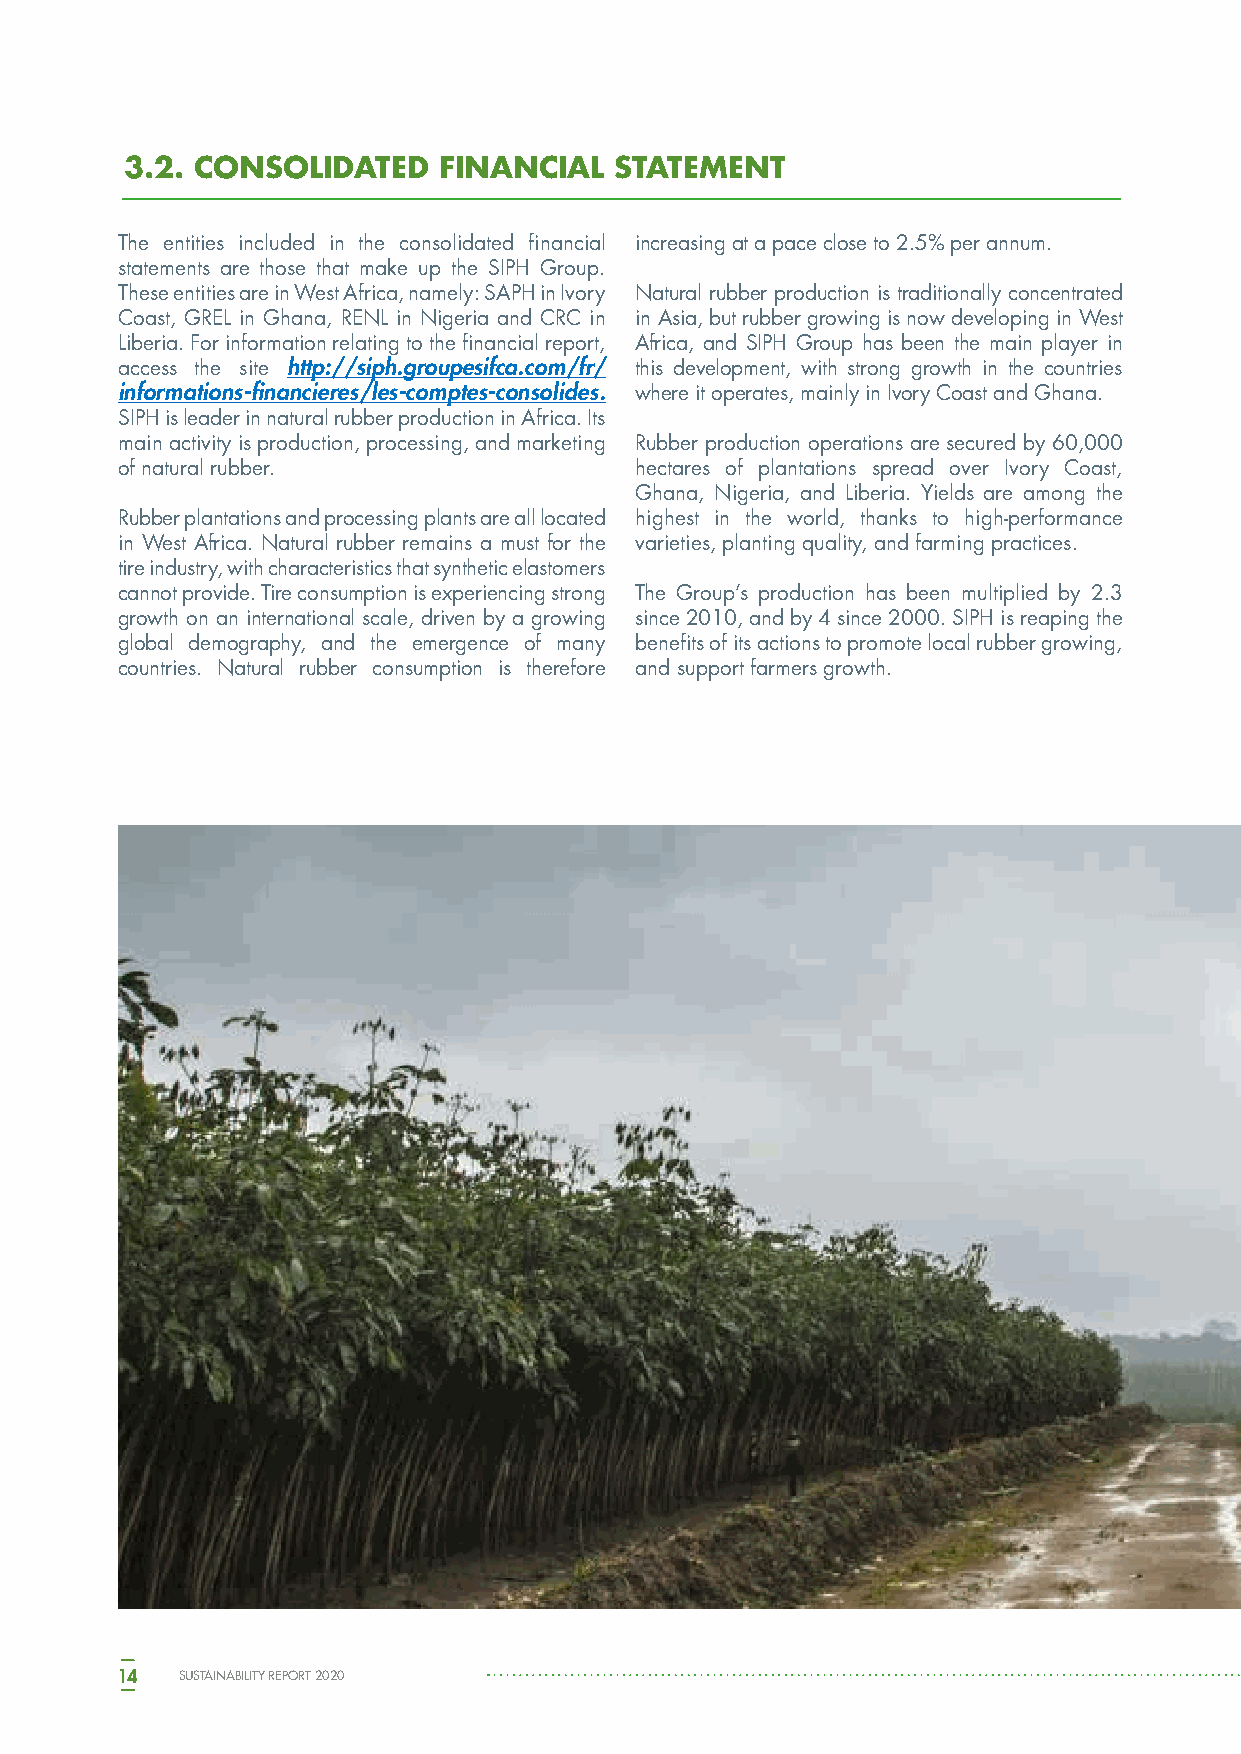
3.2.    3.2. CONSOLIDATED    FINANCIAL   STATEMENT
 The entities included in the consolidated financial increasing at a pace close to 2.5% per annum.
 statements are those that make up the SIPH Group.
 These entities are in West Africa, namely: SAPH in Ivory Natural rubber production is traditionally concentrated
 Coast, GREL in Ghana, RENL in Nigeria and CRC in in Asia, but rubber growing is now developing in West
 Liberia. For information relating to the financial report, Africa, and SIPH Group has been the main player in
 access the site http://siph.groupesifca.com/fr/ this development, with strong growth in the countries
 informations-financieres/les-comptes-consolides. where it operates, mainly in Ivory Coast and Ghana.
 SIPH is leader in natural rubber production in Africa. Its
 main activity is production, processing, and marketing Rubber production operations are secured by 60,000
 of natural rubber.                hectares of plantations spread over Ivory Coast,
 Ghana, Nigeria, and Liberia. Yields are among the
 Rubber plantations and processing plants are all located highest in the world, thanks to high-performance
 in West Africa. Natural rubber remains a must for the varieties, planting quality, and farming practices.
 tire industry, with characteristics that synthetic elastomers
 cannot provide. Tire consumption is experiencing strong The Group’s production has been multiplied by 2.3
 growth on an international scale, driven by a growing since 2010, and by 4 since 2000. SIPH is reaping the
 global demography, and the emergence of many benefits of its actions to promote local rubber growing,
 countries. Natural rubber consumption is therefore and support farmers growth.
 14  SUSTAINABILITY REPORT 2020